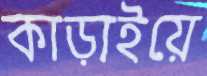
কাড়াইয়ে